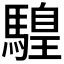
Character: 𩥧